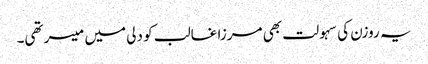
یہ روزن کی سہولت بھی مرزا غالب کو دلی میں میسر تھی۔